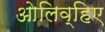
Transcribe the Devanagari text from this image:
ओलिव्हिए